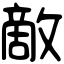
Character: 敵